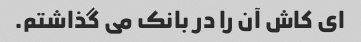
ای کاش آن را در بانک می گذاشتم.